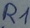
Text: R1